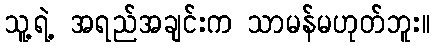
သူ့ရဲ့ အရည်အချင်းက သာမန်မဟုတ်ဘူး။